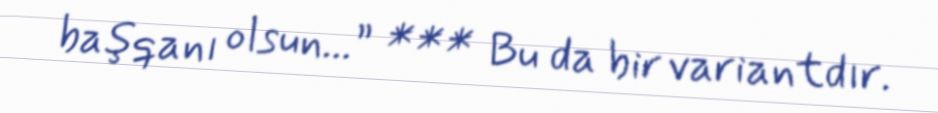
başqanı olsun...” *** Bu da bir variantdır.